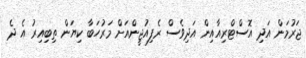
ޖަރުމަން އަދި އޮސްޓްރިއާއިން އަދިވެސް ރެފިއުޖީންއަށް މަރުހަބާ ކިޔަން ތިބިއިރު އެ ދެ